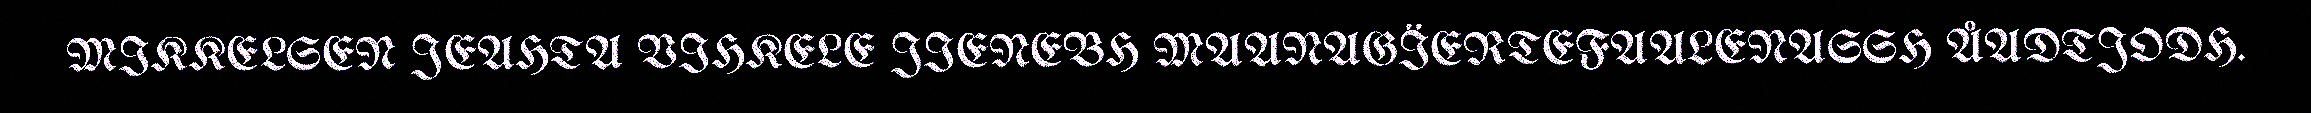
MIKKELSEN JEAHTA VIHKELE JIENEBH MAANAGÏERTEFAALENASSH ÅADTJODH.